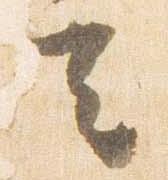
去